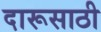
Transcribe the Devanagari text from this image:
दारूसाठी